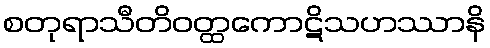
စတုရာသီတိဝတ္ထကောဋိသဟဿာနိ